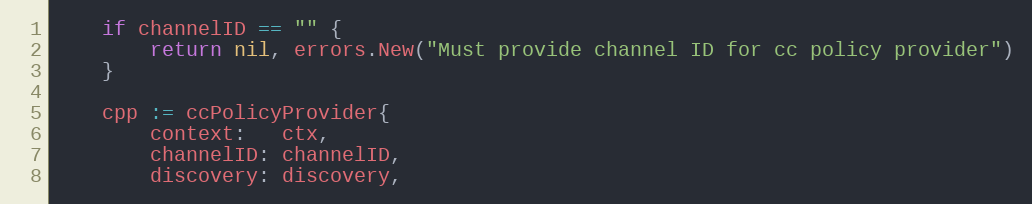
Language: Go
	if channelID == "" {
		return nil, errors.New("Must provide channel ID for cc policy provider")
	}

	cpp := ccPolicyProvider{
		context:   ctx,
		channelID: channelID,
		discovery: discovery,